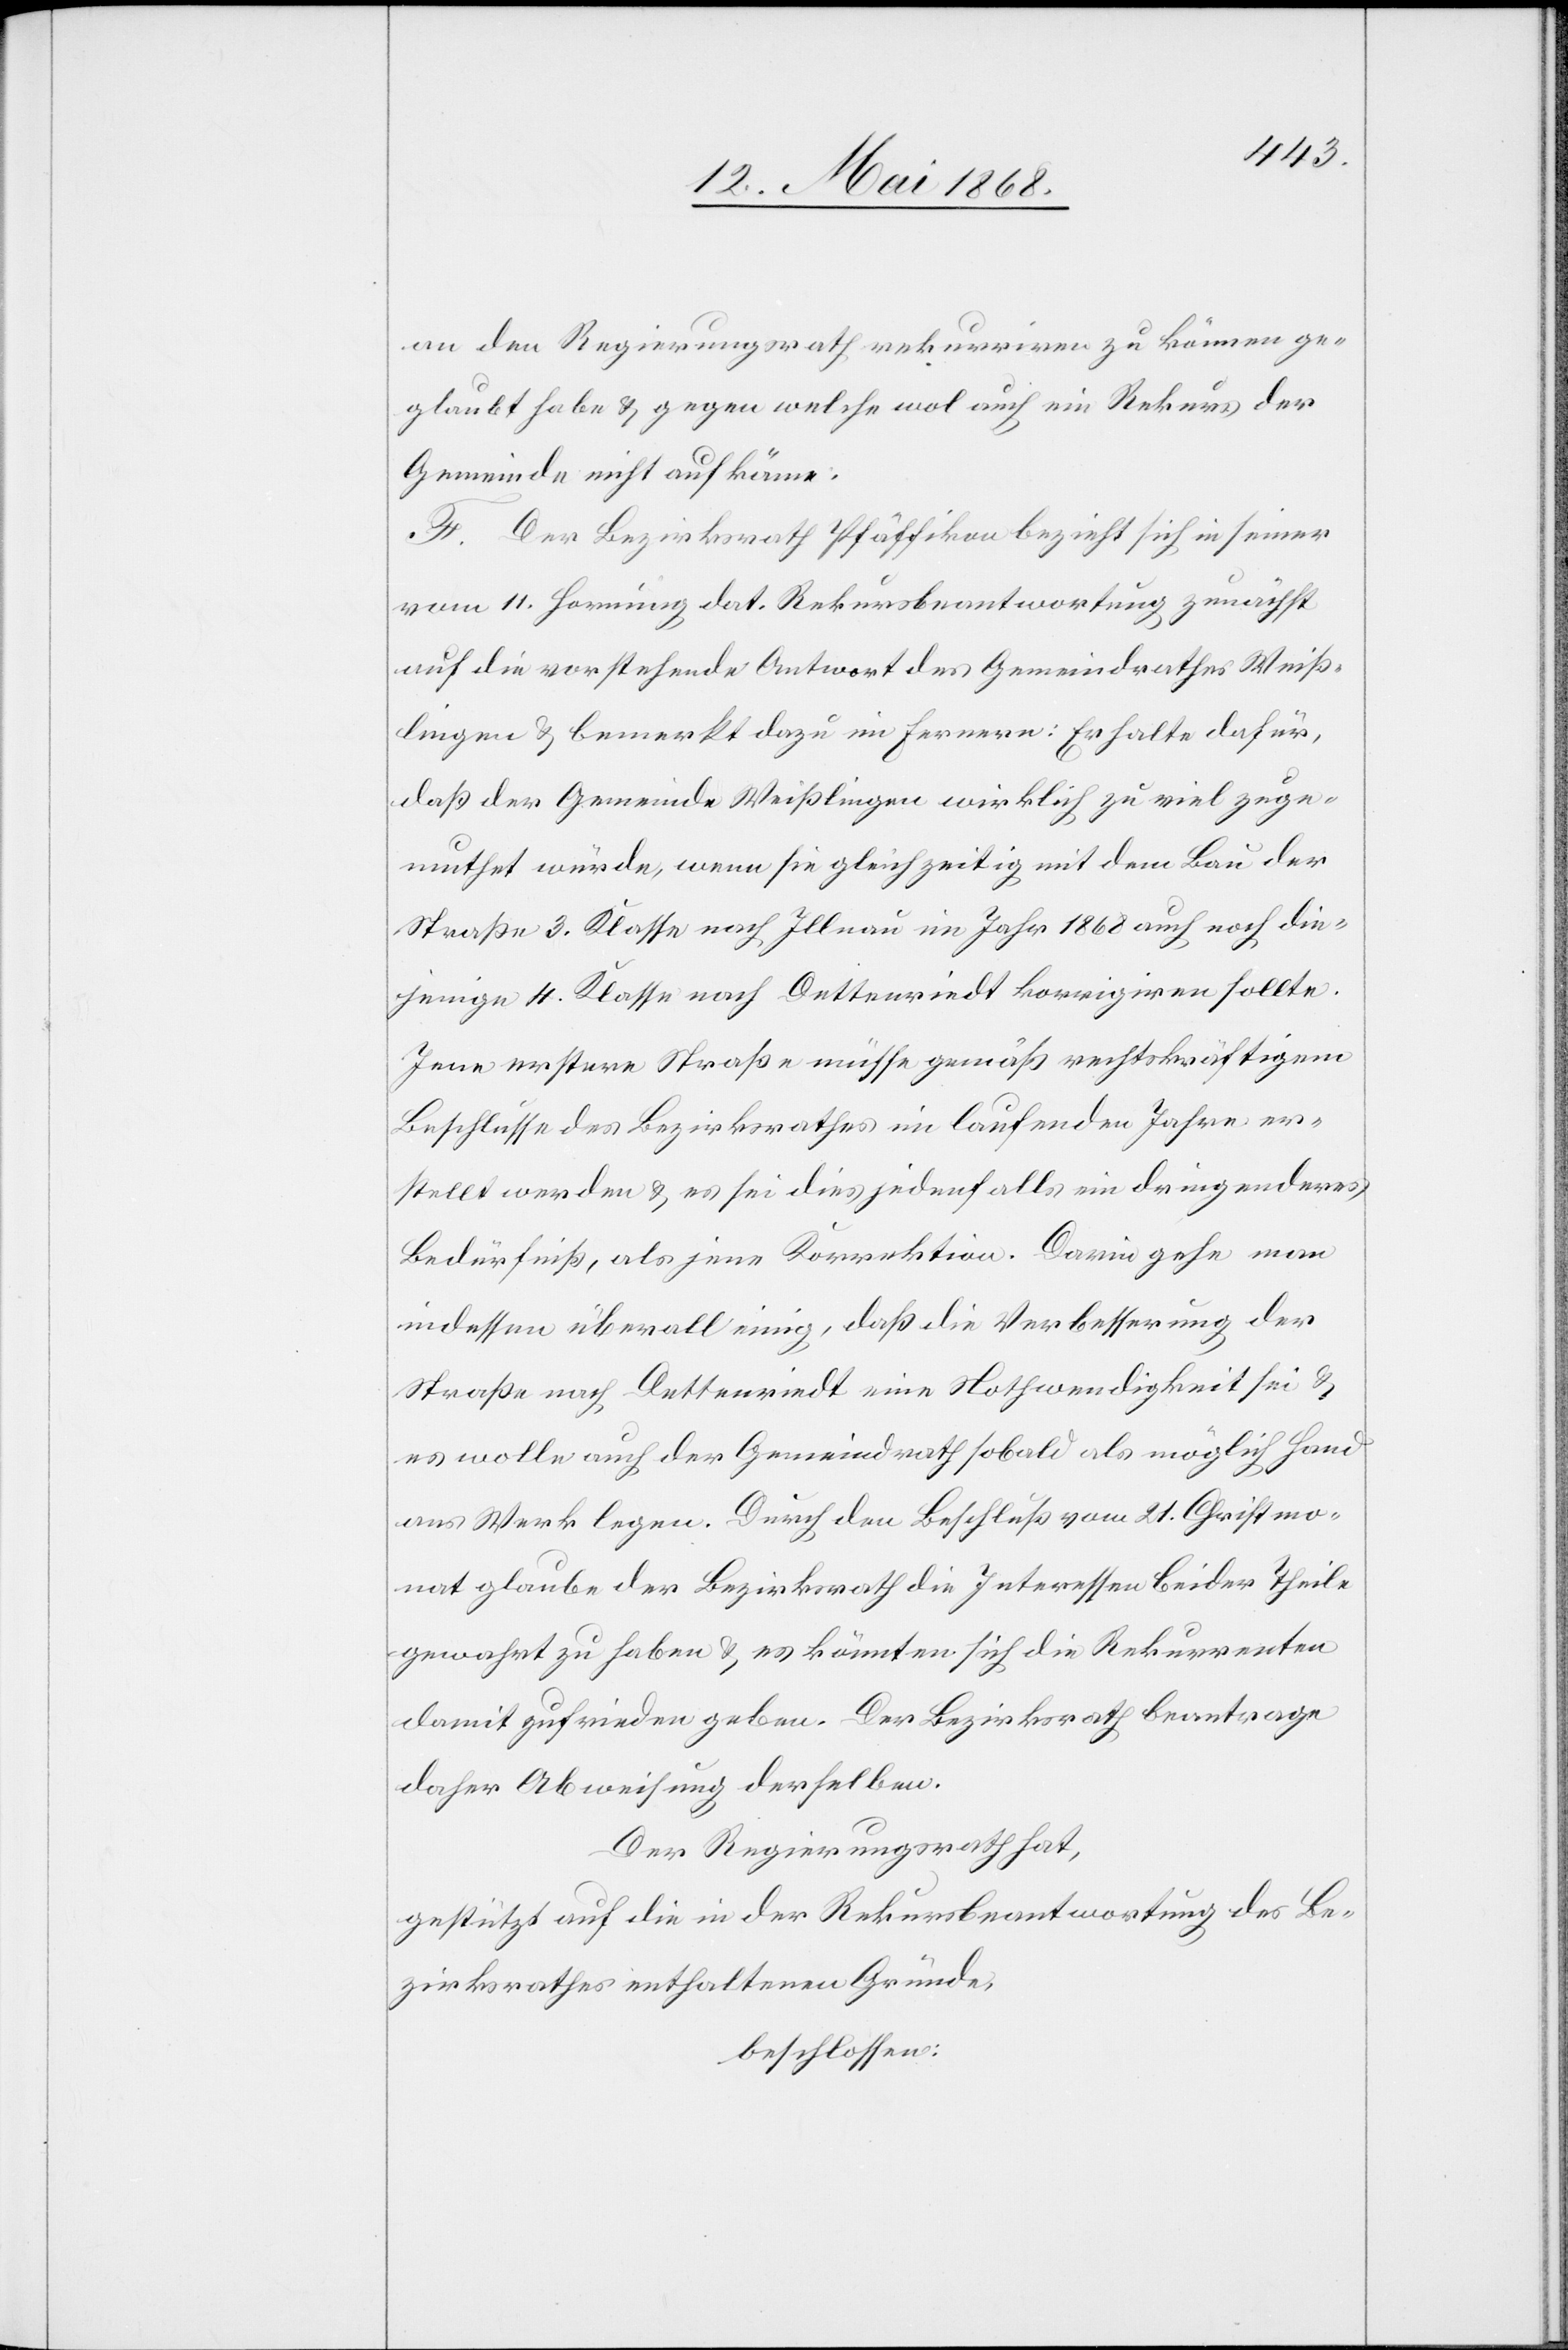
an den Regierungsrath rekurriren zu können ge¬
glaubt habe & gegen welche wol auch ein Rekurs der
Gemeinde nicht aufkäme.
F. Der Bezirksrath Pfäffikon bezieht sich in seiner
vom 11. Hornung dat. Rekursbeantwortung zunächst
auf die vorstehende Antwort des Gemeindrathes Weiß¬
lingen & bemerkt dazu im Fernern: Er halte dafür,
daß der Gemeinde Weißlingen wirklich zu viel zuge¬
muthet würde, wenn sie gleichzeitig mit dem Bau der
Straße 3. Klasse nach Illnau im Jahr 1868 auch noch die¬
jenige 4. Klasse nach Dettenriedt korrigiren sollte.
Jene erstere Straße müsse gemäß rechtskräftigem
Beschlusse des Bezirksrathes im laufenden Jahre er¬
stellt werden & es sei dies jedenfalls ein dringenderes
Bedürfniß, als jene Korrektion. Darin gehe man
indessen überall einig, daß die Verbesserung der
Straße nach Dettenriedt eine Nothwendigkeit sei &
es wolle auch der Gemeindrath sobald als möglich Hand
ans Werk legen. Durch den Beschluß vom 21. Christmo¬
nat glaube der Bezirksrath die Interessen beider Theile
gewahrt zu haben & es könnten sich die Rekurrenten
damit zufrieden geben. Der Bezirksrath beantrage
daher Abweisung derselben.
Der Regierungsrath hat,
gestützt auf die in der Rekursbeantwortung des Be¬
zirksrathes enthaltenen Gründe,
beschlossen: